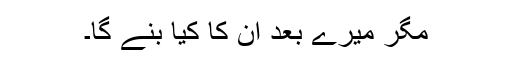
مگر میرے بعد ان کا کیا بنے گا۔